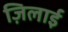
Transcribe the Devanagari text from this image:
ज़िलाई